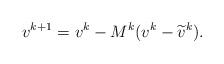
LaTeX: \begin{align*}v^{k+1}=v^k-M^k(v^k-\widetilde{v}^k).\end{align*}